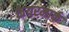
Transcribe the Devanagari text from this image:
केयरमार्क